Civil Veterinary Dept. Bombay admin report 1932-41 - 1932-1941
Year: 1932
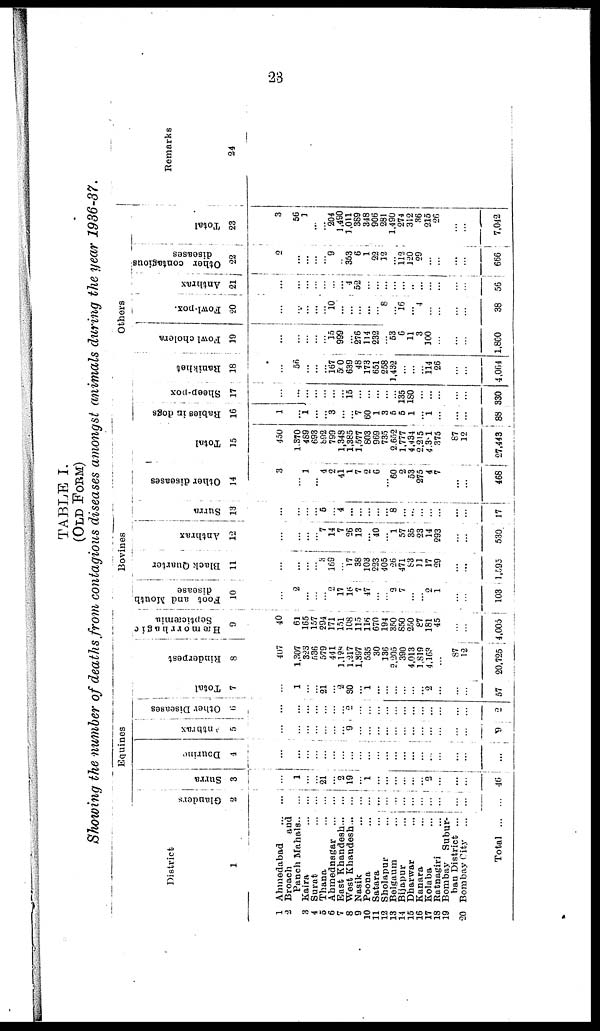
23
TABLE I.
(OLD FORM)
Showing the number of deaths from contagious diseases amongst animals during the year 1936-37.
District
1
1 Ahmedabad ...
2 Broach
and
Panch Mahals ...
3 Kaira ...
4 Surat ...
5 Thana ...
6 Ahmednagar ...
7 East Khandesh...
8 West Khandesh...
9 Nasik ...
10 Poona ...
11 Satara ...
12 Sholapur ...
13 Belgaum
...
14 Bijapur ...
15 Dharwar ...
16 Kanara ...
17 Kolaba ...
18 Ratnagiri
...
19 Bombay
Subur-
ban District ...
20 Bombay City
...
Total ...
Equines
Glanders
2
...
...
...
...
...
...
...
...
...
...
...
...
...
...
...
...
...
...
...
...
...
Surra
3
...
1
...
...
21
...
2 19
...
1
...
...
...
...
...
... 2
...
...
...
46
Dourine
4
...
...
...
...
...
...
...
...
...
...
...
...
...
...
...
...
...
...
...
...
...
Anthrax
5
... ...
... ...
... ... ... ...
... ...
... ...
... ...
9
... ...
... ...
... ...
... ...
... ...
... ...
... ...
... ...
... ...
... ...
... ...
... ...
9
Ot her Di s e a s e s
6
2
2
Total
7
...
1
...
... 21
...
2
30
...
1
...
...
...
...
...
... 2
...
...
...
57
Bovines
Rinderpest
8
407
1,307
323
536
579
441
1,128
1,217
1,397
535
30
136
2,205
390
4,013
1,819
4,163
...
87
12
20,725
Hæmorrhagic
Septicæmia
9
40
61
165
157
294
171
151
108
115
115
670
194
350
850
250
87
181
45
...
...
4,005
Foot and Mouth
disease
10
...
2
...
...
... 2
17
16
7
47
...
... 3
7
...
... 2
1
...
...
103
Black Quarter
11
...
...
... ... 3
169
... 17
38
103
223
405
26
471
83
11
17
29
...
...
1,595
Anthrax
12
...
...
...
... 7
14
7
26
13
... 40
... 1
57
35
23
14
293
...
...
530
Surra
13
...
...
...
...
5
... 4
...
...
...
...
... 8
...
...
...
...
...
...
...
17
Other diseases
14
3
...
1
... 4
2
41
1
7
2
6
... 60
2
53
275
4
7
...
...
468
Total
15
450
1,370
489
693
892
799
1,348
1,385
1,577
803
969
735
2,652
1,777
4,434
2,215
4,381
375
87
12
27,443
Others
Rabies
in dogs
16
1
...
1
...
...
3
...
... 7
60
1
3
5
5
1
...
1
...
...
...
88
Sheep-pox
17
...
...
...
...
...
...
... 15
...
...
...
...
... 135
180
...
...
...
...
...
330
Ranikhet
18
...
56
...
...
... 167
500
639
48
173
651
258
1,432
...
...
114
26
...
...
4,064
Fowl cholera
19
...
...
... ...
... 15
999
... 276
114
232
... 53
6
11
3
100
...
...
...
1,800
Fowl-pox.
20
...
...
...
...
...
10
...
...
...
...
...
8
...
16
... 4
...
...
...
...
38
Anthrax
21
...
...
...
...
...
...
... 4
52
...
...
...
...
...
...
...
...
... ...
...
56
Other contagious
diseases
22
2
...
...
...
... 9
... 353
6
1
22
12
... 112
120
29
...
...
...
...
666
Total
23
3
56
1
...
... 204
1,490
1,011
389
348
906
281
1,490
274
312
36
215
26
...
...
7,042
Remarks
24